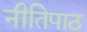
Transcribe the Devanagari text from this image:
नीतिपाठ